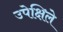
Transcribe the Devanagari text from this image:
उपेक्षिले